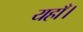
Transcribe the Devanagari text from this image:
यहाँ।